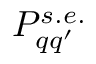
P _ { q q ^ { \prime } } ^ { s . e . }